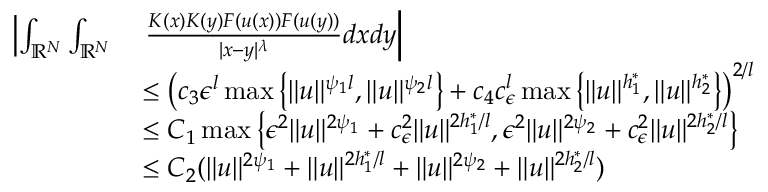
\begin{array} { r l } { \left| \int _ { { \mathbb R } ^ { N } } \int _ { { \mathbb R } ^ { N } } \right. } & { \left. \frac { K ( x ) K ( y ) F ( u ( x ) ) F ( u ( y ) ) } { | x - y | ^ { \lambda } } d x d y \right| } \\ & { \leq \left( c _ { 3 } { \epsilon } ^ { l } \operatorname* { m a x } \left\lbrace \| u \| ^ { \psi _ { 1 } l } , \| u \| ^ { \psi _ { 2 } l } \right\rbrace + c _ { 4 } c _ { \epsilon } ^ { l } \operatorname* { m a x } \left\lbrace \| u \| ^ { h _ { 1 } ^ { * } } , \| u \| ^ { h _ { 2 } ^ { * } } \right\rbrace \right) ^ { 2 / l } } \\ & { \leq C _ { 1 } \operatorname* { m a x } \left\lbrace { \epsilon } ^ { 2 } \| u \| ^ { 2 \psi _ { 1 } } + c _ { \epsilon } ^ { 2 } \| u \| ^ { 2 h _ { 1 } ^ { * } / l } , { \epsilon } ^ { 2 } \| u \| ^ { 2 \psi _ { 2 } } + c _ { \epsilon } ^ { 2 } \| u \| ^ { 2 h _ { 2 } ^ { * } / l } \right\rbrace } \\ & { \leq C _ { 2 } ( \| u \| ^ { 2 \psi _ { 1 } } + \| u \| ^ { 2 h _ { 1 } ^ { * } / l } + \| u \| ^ { 2 \psi _ { 2 } } + \| u \| ^ { 2 h _ { 2 } ^ { * } / l } ) } \end{array}